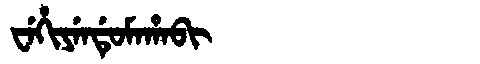
Manchu: ᠸᡝᡥᡳᠶᡝᠨᡩᡠᠮᠠᡥᠠᠪᡳ
Romanization: WEHIYENDUMAHABI